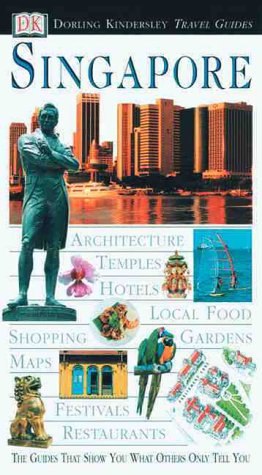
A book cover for Eyewitness Travel Guide to Singapore; DK Publishing; Travel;